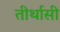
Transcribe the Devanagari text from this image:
तीर्थासी